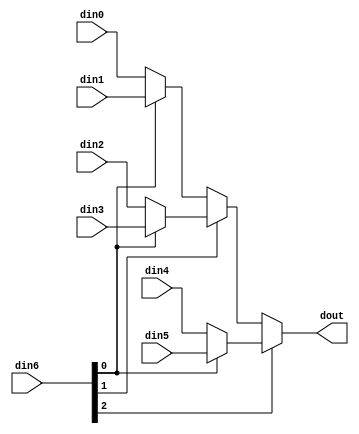
// ==============================================================
// Vivado(TM) HLS - High-Level Synthesis from C, C++ and SystemC v2019.2.1 (64-bit)
// Copyright 1986-2019 Xilinx, Inc. All Rights Reserved.
// ==============================================================

`timescale 1ns/1ps

module nn_accel_nn_accel_mux_63_32_1_1 #(
parameter
    ID                = 0,
    NUM_STAGE         = 1,
    din0_WIDTH       = 32,
    din1_WIDTH       = 32,
    din2_WIDTH       = 32,
    din3_WIDTH       = 32,
    din4_WIDTH       = 32,
    din5_WIDTH       = 32,
    din6_WIDTH         = 32,
    dout_WIDTH            = 32
)(
    input  [31 : 0]     din0,
    input  [31 : 0]     din1,
    input  [31 : 0]     din2,
    input  [31 : 0]     din3,
    input  [31 : 0]     din4,
    input  [31 : 0]     din5,
    input  [2 : 0]    din6,
    output [31 : 0]   dout);

// puts internal signals
wire [2 : 0]     sel;
// level 1 signals
wire [31 : 0]         mux_1_0;
wire [31 : 0]         mux_1_1;
wire [31 : 0]         mux_1_2;
// level 2 signals
wire [31 : 0]         mux_2_0;
wire [31 : 0]         mux_2_1;
// level 3 signals
wire [31 : 0]         mux_3_0;

assign sel = din6;

// Generate level 1 logic
assign mux_1_0 = (sel[0] == 0)? din0 : din1;
assign mux_1_1 = (sel[0] == 0)? din2 : din3;
assign mux_1_2 = (sel[0] == 0)? din4 : din5;

// Generate level 2 logic
assign mux_2_0 = (sel[1] == 0)? mux_1_0 : mux_1_1;
assign mux_2_1 = mux_1_2;

// Generate level 3 logic
assign mux_3_0 = (sel[2] == 0)? mux_2_0 : mux_2_1;

// output logic
assign dout = mux_3_0;

endmodule